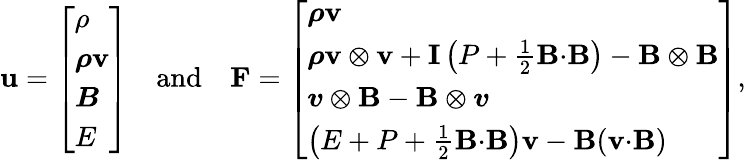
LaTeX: \mathbf{u}=\left[\begin{array}{l}{\rho}\\ {\boldsymbol{\rho}\mathbf{v}}\\ {\boldsymbol{B}}\\ {E}\end{array}\right]\quad\mathrm{and}\quad\mathbf{F}=\left[\begin{array}{l}{\boldsymbol{\rho}\mathbf{v}}\\ {\boldsymbol{\rho}\mathbf{v}\otimes\mathbf{v}+\mathbf{I}\left(P+\frac{1}{2}\mathbf{B}{\cdot}\mathbf{B}\right)-\mathbf{B}\otimes\mathbf{B}}\\ {\boldsymbol{v}\otimes\mathbf{B}-\mathbf{B}\otimes\boldsymbol{v}}\\ {\left(E+P+\frac{1}{2}\mathbf{B}{\cdot}\mathbf{B}\right)\mathbf{v}-\mathbf{B}(\mathbf{v}{\cdot}\mathbf{B})}\end{array}\right],